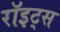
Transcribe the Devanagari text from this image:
रॉइट्स